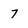
Character: 7